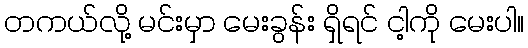
တကယ်လို့ မင်းမှာ မေးခွန်း ရှိရင် ငါ့ကို မေးပါ။